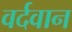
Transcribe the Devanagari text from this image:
वर्दवान